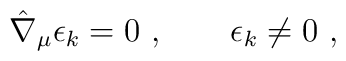
\hat \nabla _{\mu} \epsilon_{k} = 0\ , \qquad \epsilon_{k} \neq 0 \ ,